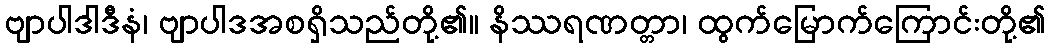
ဗျာပါဒါဒီနံ၊ ဗျာပါဒအစရှိသည်တို့၏။ နိဿရဏတ္တာ၊ ထွက်မြောက်ကြောင်းတို့၏